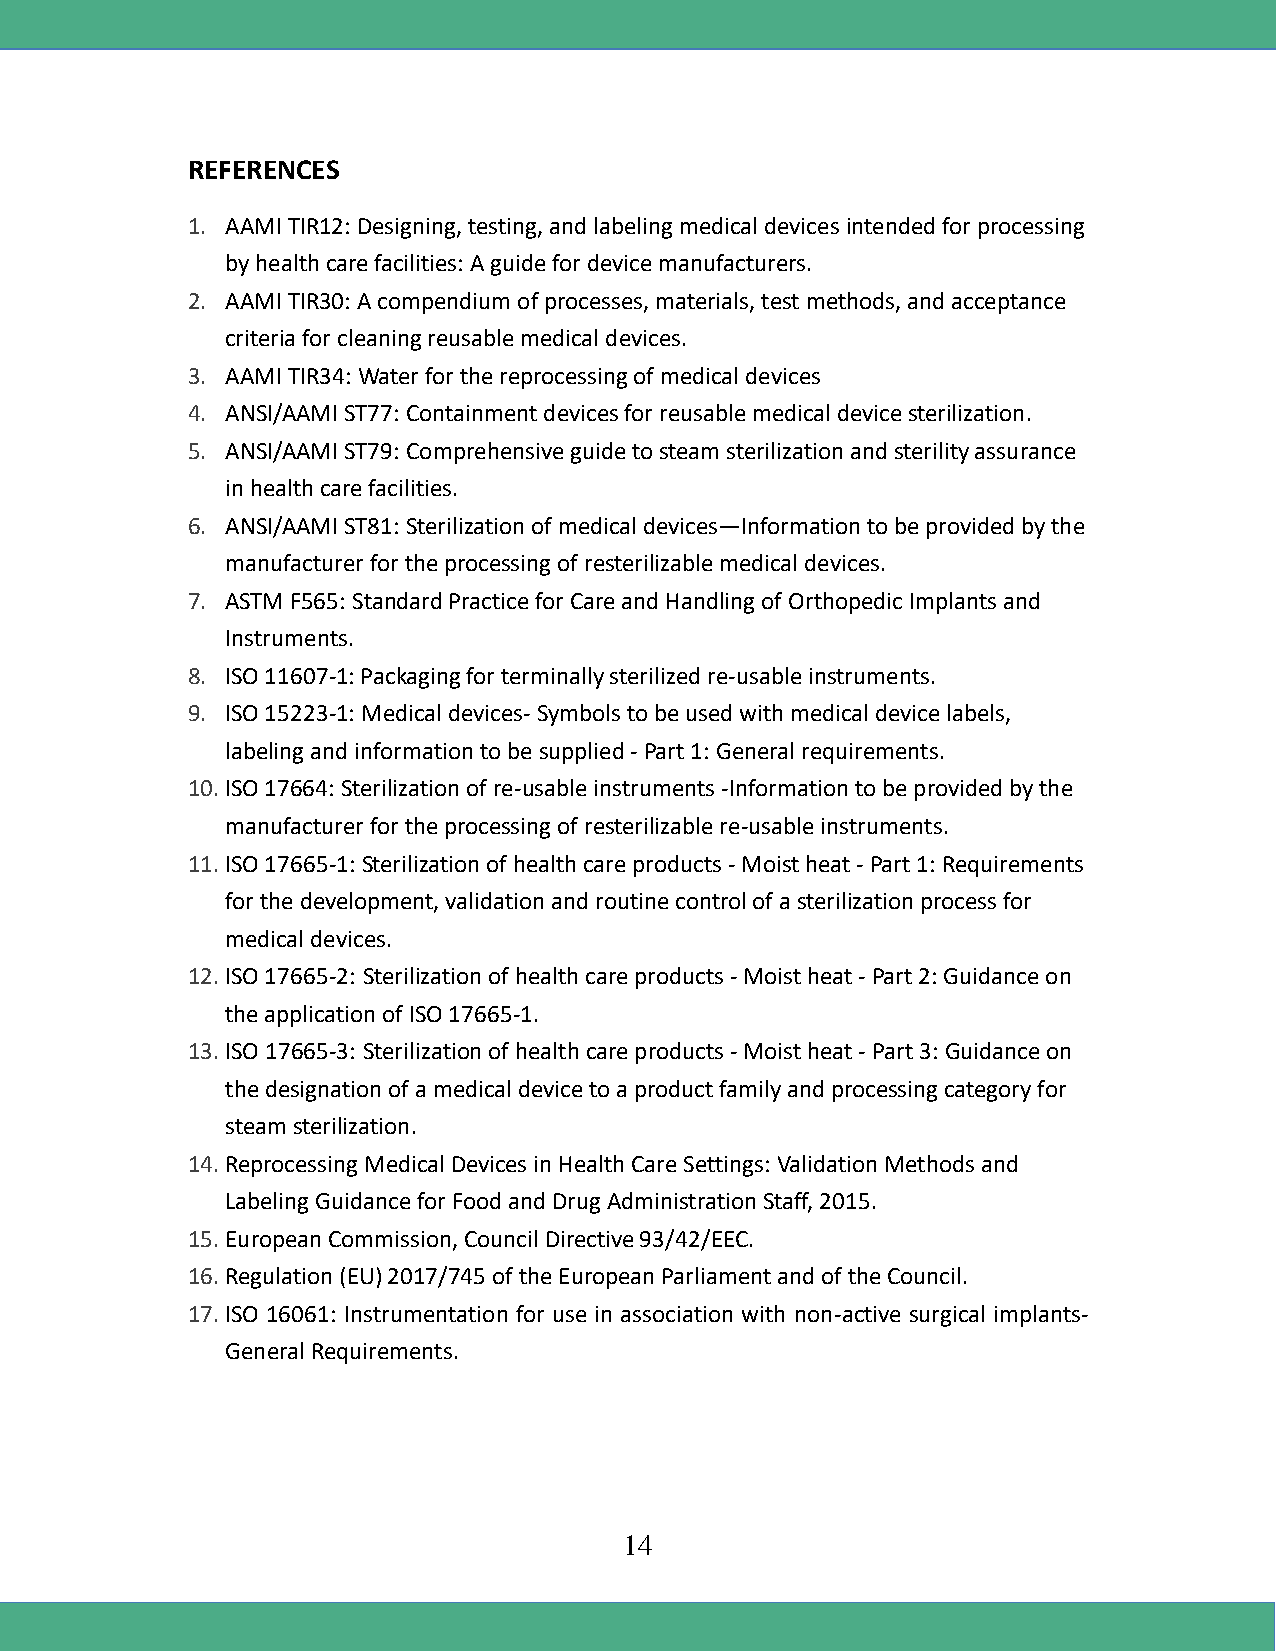
REFERENCES
 1. AAMI TIR12: Designing, testing, and labeling medical devices intended for processing
 by health care facilities: A guide for device manufacturers.
 2. AAMI TIR30: A compendium of processes, materials, test methods, and acceptance
 criteria for cleaning reusable medical devices.
 3. AAMI TIR34: Water for the reprocessing of medical devices
 4. ANSI/AAMI ST77: Containment devices for reusable medical device sterilization.
 5. ANSI/AAMI ST79: Comprehensive guide to steam sterilization and sterility assurance
 in health care facilities.
 6. ANSI/AAMI ST81: Sterilization of medical devices—Information to be provided by the
 manufacturer for the processing of resterilizable medical devices.
 7. ASTM F565: Standard Practice for Care and Handling of Orthopedic Implants and
 Instruments.
 8. ISO 11607-1: Packaging for terminally sterilized re-usable instruments.
 9. ISO 15223-1: Medical devices- Symbols to be used with medical device labels,
 labeling and information to be supplied - Part 1: General requirements.
 10. ISO 17664: Sterilization of re-usable instruments -Information to be provided by the
 manufacturer for the processing of resterilizable re-usable instruments.
 11. ISO 17665-1: Sterilization of health care products - Moist heat - Part 1: Requirements
 for the development, validation and routine control of a sterilization process for
 medical devices.
 12. ISO 17665-2: Sterilization of health care products - Moist heat - Part 2: Guidance on
 the application of ISO 17665-1.
 13. ISO 17665-3: Sterilization of health care products - Moist heat - Part 3: Guidance on
 the designation of a medical device to a product family and processing category for
 steam sterilization.
 14. Reprocessing Medical Devices in Health Care Settings: Validation Methods and
 Labeling Guidance for Food and Drug Administration Staff, 2015.
 15. European Commission, Council Directive 93/42/EEC.
 16. Regulation (EU) 2017/745 of the European Parliament and of the Council.
 17. ISO 16061: Instrumentation for use in association with non-active surgical implants-
 General Requirements.
 14